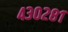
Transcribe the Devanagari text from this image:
४३०२८१